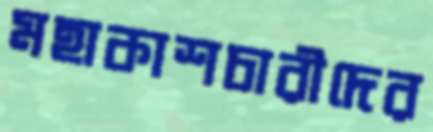
মহাকাশচারীদের